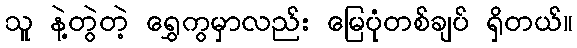
သူ နဲ့တွဲတဲ့ ရွှေကွမှာလည်း မြေပုံတစ်ချပ် ရှိတယ်။